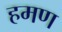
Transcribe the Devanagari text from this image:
हमण